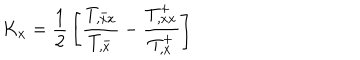
LaTeX: K _ { x } = { \frac { 1 } { 2 } } \left[ { \frac { T _ { , x x } ^ { - } } { T _ { , x } ^ { - } } } - { \frac { T _ { , x x } ^ { + } } { T _ { , x } ^ { + } } } \right]